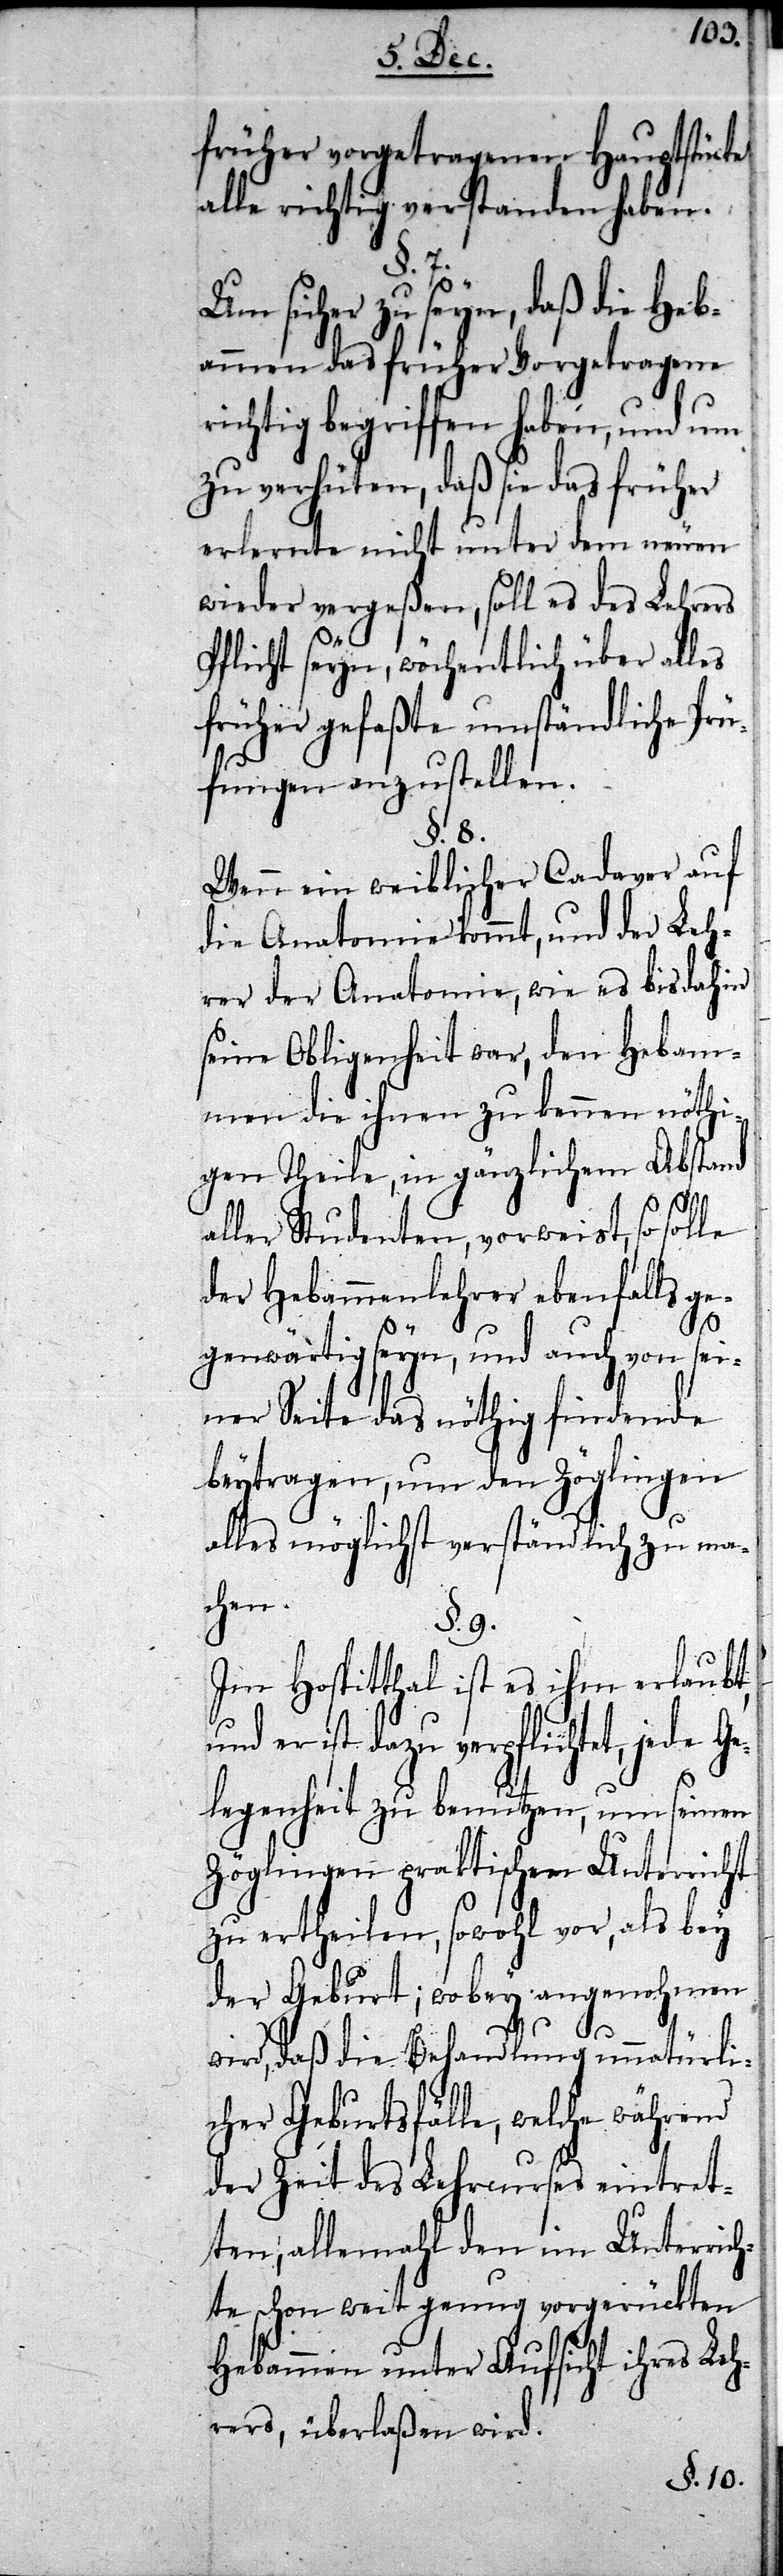
früher vorgetragenen Hauptstücke
alle richtig verstanden haben.
§. 7.
Um sicher zu seyn, daß die He¬
bammen das früher Vorgetragene
richtig begriffen haben, und um
zu verhüten, daß sie das früher
erlernte nicht unter dem neuen
wieder vergeßen, soll es des Lehrers
Pflicht seyn, wöchentlich über alles
früher gefaßte umständliche Prü¬
fungen anzustellen.
§. 8.
Wenn ein weiblicher Cadaver auf
die Anatomie kommt, und der Leh¬
rer der Anatomie, wie es bis dahin
seine Obligenheit war, den Hebam¬
men die ihnen zu kennen nöthi¬
gen Theile, in gänzlichem Abstand
aller Studenten, vorweist, so sol¬
der Hebammenlehrer ebenfalls g¬
egenwärthig seyn, und auch von
iner Seite das nöthig finde¬
beytragen, um den Zöglingen
alles möglichst verständlich zu ma¬
chen.
§. 9.
Im Hospitthal ist es ihm
und er ist dazu verpflichtet, jede
legenheit zu benutzen, um sein¬
Zöglingen praktischen Unterri¬
zu ertheilen, sowohl vor, als bey
der Geburt; wobey angenohmen
cht
wird, daß die Behandlung unnatürli¬
cher Geburtsfälle, welche während
der Zeit des Lehrcurses eintret¬
ten, allemahl den im Unterrich¬
te schon weit genug vorgerückten
Hebammen unter Aufsicht ihres Leh¬
rers, überlaßen wird.